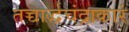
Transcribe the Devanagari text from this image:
तच्चार्द्धचंद्राकारं